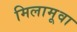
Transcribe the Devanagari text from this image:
मिलामूवा